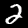
Label: 2